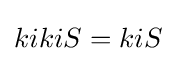
kikiS=kiS